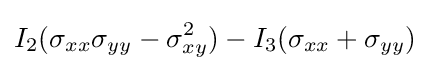
I_{2}(\sigma _{xx}\sigma _{yy}-\sigma _{xy}^{2})-I_{3}(\sigma _{xx}+\sigma _{yy})